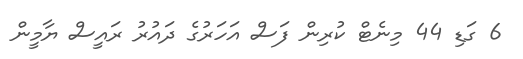
6 ގަޑި 44 މިނެޓް ކުރިން ފަސް އަަހަރުގެ ދައުރު ރައީސް ޔާމީން